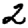
Digit: 2